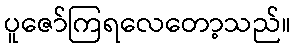
ပူဇော်ကြရလေတော့သည်။